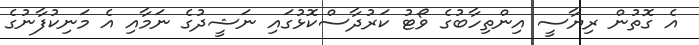
އެ ގޮތުން ރިޔާސީ އިންތިހާބުގެ ވޯޓު ކަރުދާސްކޮޅުގައި ނަޝީދުގެ ނަމާއި އެ މަނިކުފާނުގެ